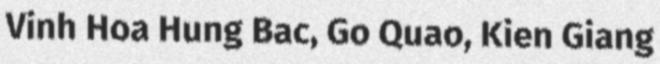
Vinh Hoa Hung Bac, Go Quao, Kien Giang